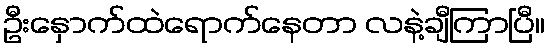
ဦးနှောက်ထဲရောက်နေတာ လနဲ့ချီကြာပြီ။